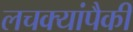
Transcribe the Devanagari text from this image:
लचक्यांपैकी